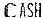
CASH